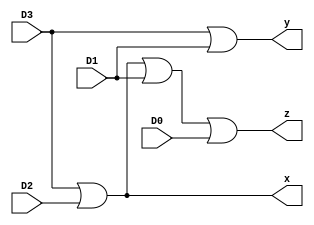
`timescale 1ns / 1ps
//////////////////////////////////////////////////////////////////////////////////
// Company: 
// Engineer: 
// 
// Design Name: 
// Module Name:    Priority_Encoder 
// Project Name: 
// Target Devices: 
// Tool versions: 
// Description: 
//
// Dependencies: 
//
// Revision: 
// Revision 0.01 - File Created
// Additional Comments: 
//
//////////////////////////////////////////////////////////////////////////////////
module Priority_Encoder(
    input D0,D1,D2,D3,
    output x,y,z
    );

assign x=D3|D2;
assign y=D3|D1;
assign z=D3|D2|D1|D0;
//reg D0=0,D1=0,D2=0,D3=0;
//assign d0=D0, d1=D1, d2=D2, d3=D3; 
//if (D0&D1&D2&D3==0)
//	assign z=0, x=1'bx, y=1'bx;
//	else 
//	begin
//		assign z=1;
//		if (D3|D2==1)
//			assign x=1;
//		else 
//			assign x=0;
//		if (D3|D1==1)
//			assign y=1;
//		else 
//			assign y=0;	
//	end

endmodule